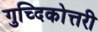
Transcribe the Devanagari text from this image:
गुच्दिकोत्तरी